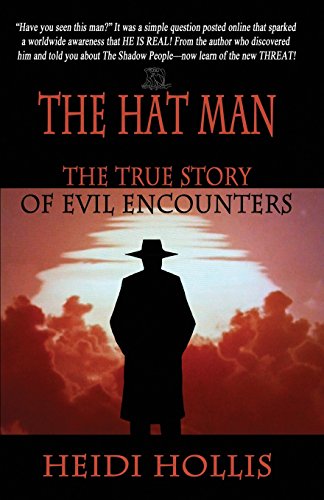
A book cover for The Hat Man: The True Story of Evil Encounters; Heidi Hollis; Religion & Spirituality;